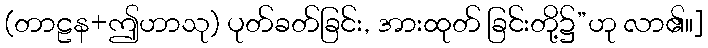
(တာဠန+ဤဟာသု) ပုတ်ခတ်ခြင်း, အားထုတ် ခြင်းတို့၌”ဟု လာ၏။]